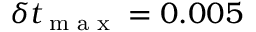
\delta t _ { \textrm { m a x } } = 0 . 0 0 5